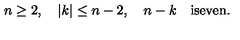
n \geq 2 , \quad | k | \leq n - 2 , \quad n - k \mathrm { \quad } \mathrm { i s e v e n } .